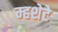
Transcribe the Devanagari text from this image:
म्हशेटे